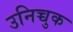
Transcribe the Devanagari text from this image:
उनिच्चुक